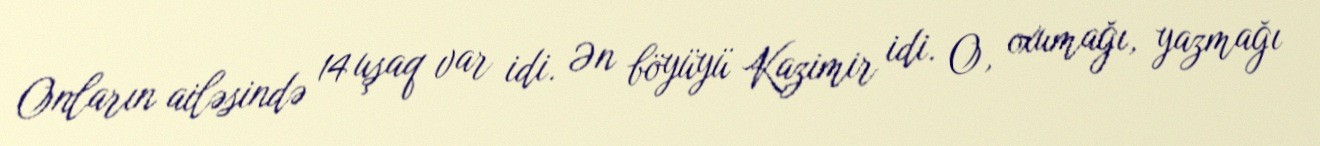
Onların ailəsində 14 uşaq var idi. Ən böyüyü Kazimir idi. O, oxumağı, yazmağı